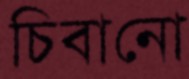
চিবানো